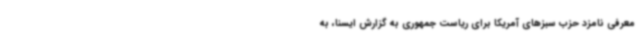
معرفی نامزد حزب سبزهای آمریکا برای ریاست جمهوری به گزارش ایسنا، به